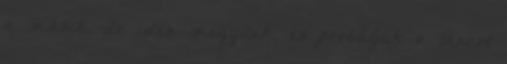
a másik. de idén megyünk, és próbáljuk a táncot